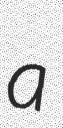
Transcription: a